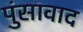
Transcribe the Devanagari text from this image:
पुंसावाद